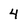
Character: 4